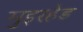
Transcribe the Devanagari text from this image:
मुइरहेड